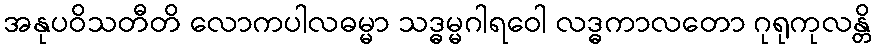
အနုပဝိသတီတိ လောကပါလဓမ္မာ သဒ္ဓမ္မဂါရဝေါ လဒ္ဓကာလတော ဂုရုကုလန္တိ